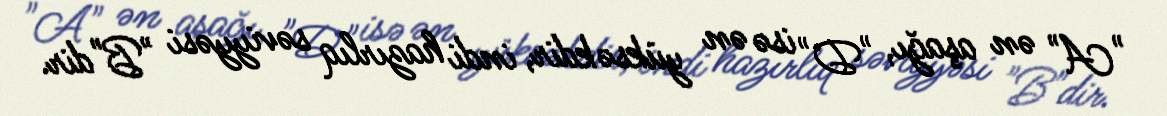
"A" ən aşağı, "D" isə ən yüksəkdir, indi hazırlıq səviyyəsi "B"dir.